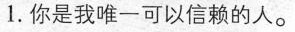
1.你是我唯一可以信赖的人。